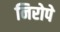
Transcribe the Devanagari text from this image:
निरोपे